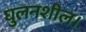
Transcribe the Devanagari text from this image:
घुलनशील।